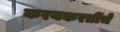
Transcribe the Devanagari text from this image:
करयकरतींचे